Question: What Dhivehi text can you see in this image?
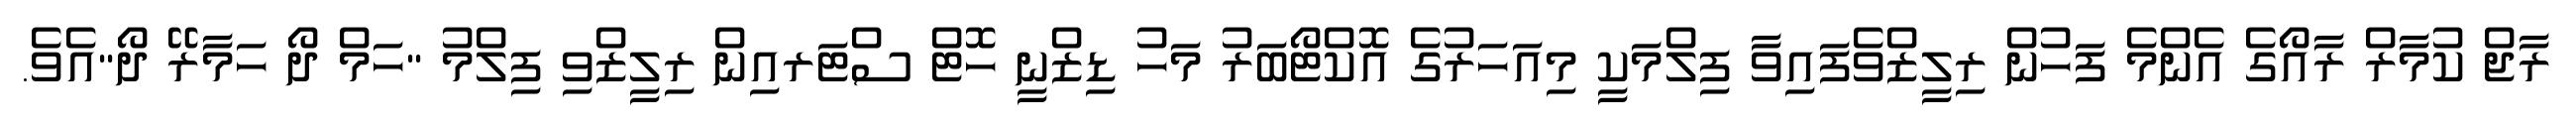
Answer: ރާޖް ކުމާރް ރާއޯގެ އެންމެ ފަހުން ރިލީޒްވެފައިވާ ފިލްމަކީ މިއަހަރުގެ އޮކްޓޯބަރު މަހު ޑިޒްނީ ހޮޓް ސްޓަރއިން ރިލީޒްވި ފިލްމު "ހަމް ދޯ ހަމާރޭ ދޯ"އެވެ.